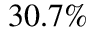
3 0 . 7 \%